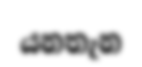
යනතැන